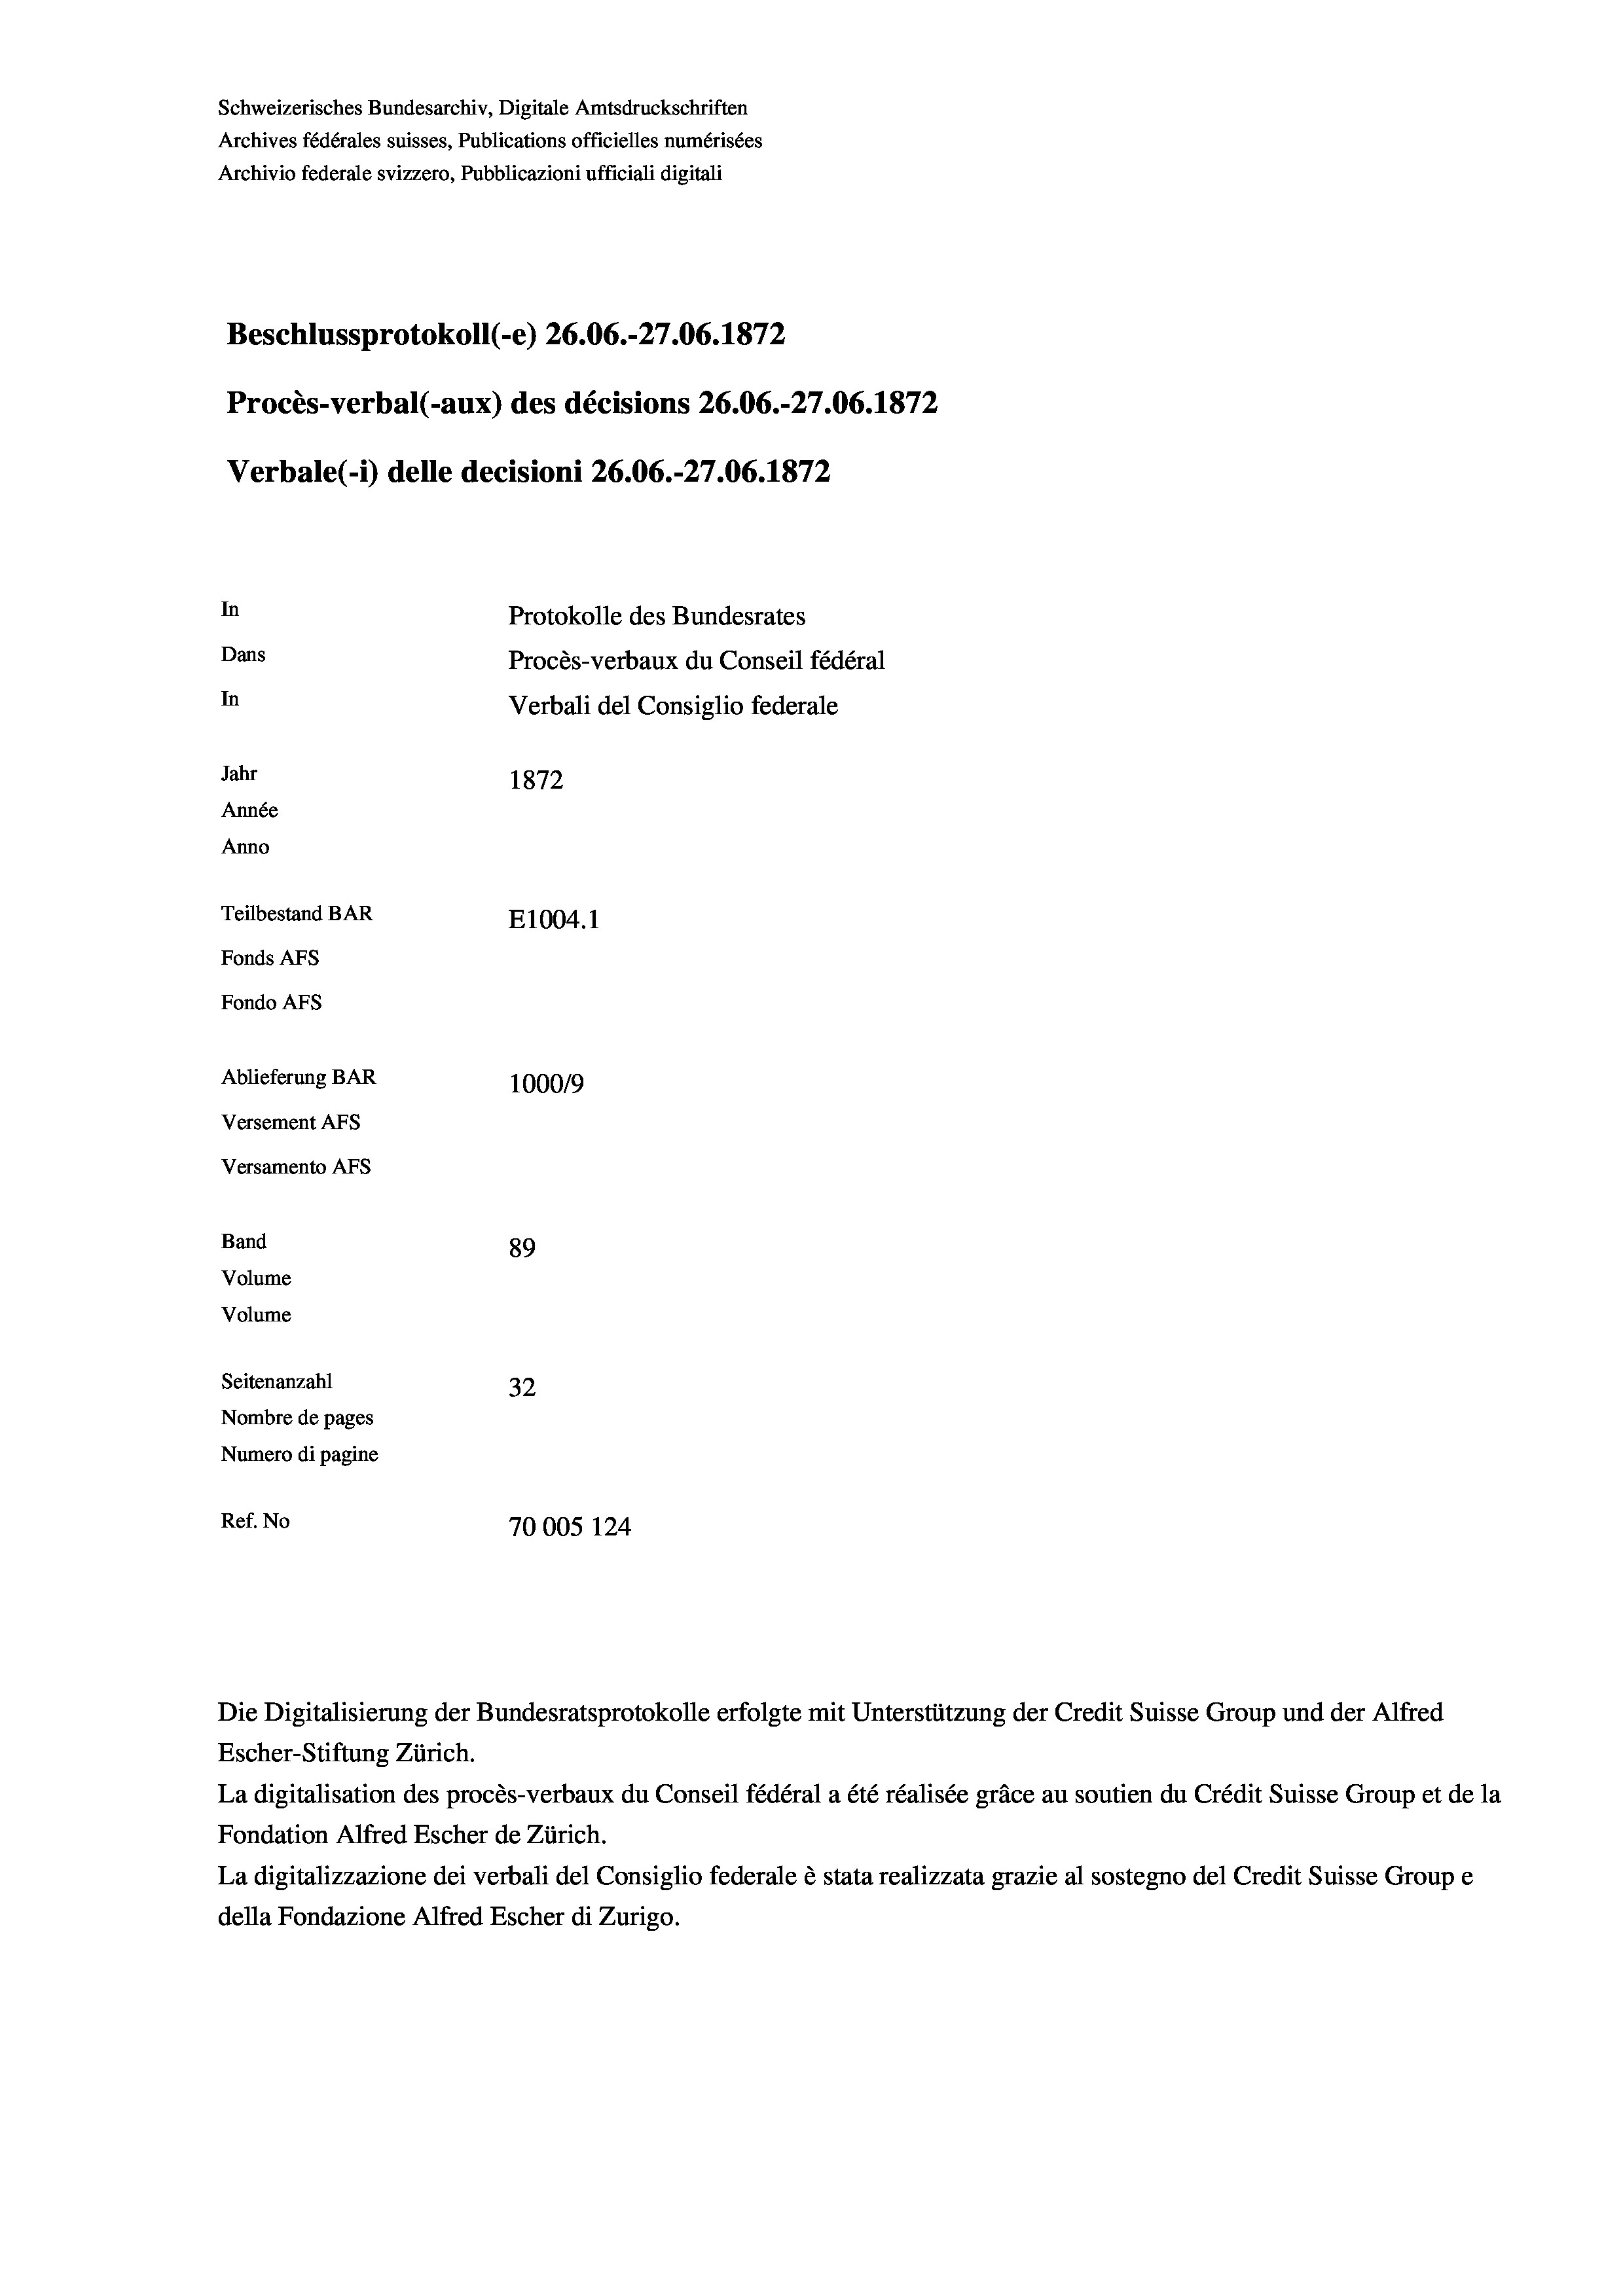
Schweizerisches Bundesarchiv, Digitale Amtsdruckschriften
Archives fédérales suisses, Publications officielles numérisées
Archivio federale svizzero, Pubblicazioni ufficiali digitali

Protokolle des Bundesrates
Dans
Procès-verbaux du Conseil fédéral
In
Verbali del Consiglio federale
Jahr
1872
Année
Anno
Teilbestand BAR
E1004.1
Fonds AEs
Fondo Afs

In

Beschlussprotokoll (-e) 26.06.-27.06. 1872
Procès-verbal (-aux) des décisions 26.06.-27.06. 1872
Verbale (i) delle decisioni 26.06.-27.06. 1872

Ablieferung BAR
Versement AFs
Versamento Afs
Band
89
Volume
Volume
Seitenanzahl
32

100019
Nombre de pages
Numero di pagine
Ref. No
70005 124

Escher-Stiftung Zürich.
La digitalisation des procès-verbaux du Conseil fédéral a été réalisée gräce au soutien du Crédit Suisse Group et de la
Fondation Alfred Escher de Zürich.
La digitalizzazione dei verbali del Consiglio federale è stata realizzata grazie al sostegno del Credit Suisse Groupe
della Fondazione Alfred Escher di Zurigo.

Die Digitalisierung der Bundesratsprotokolle erfolgte mit Unterstützung der Credit Suisse Group und der Alfred